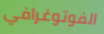
الفوتوغرافي